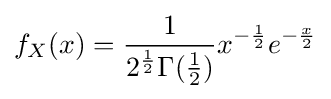
f_{X}(x)={\frac {1}{2^{\frac {1}{2}}\Gamma ({\frac {1}{2}})}}x^{-{\frac {1}{2}}}e^{-{\frac {x}{2}}}